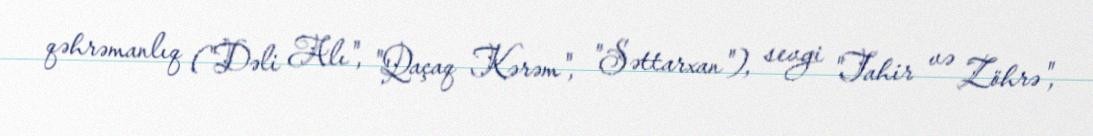
qəhrəmanlıq ("Dəli Alı", "Qaçaq Kərəm", "Səttarxan"), sevgi "Tahir və Zöhrə",